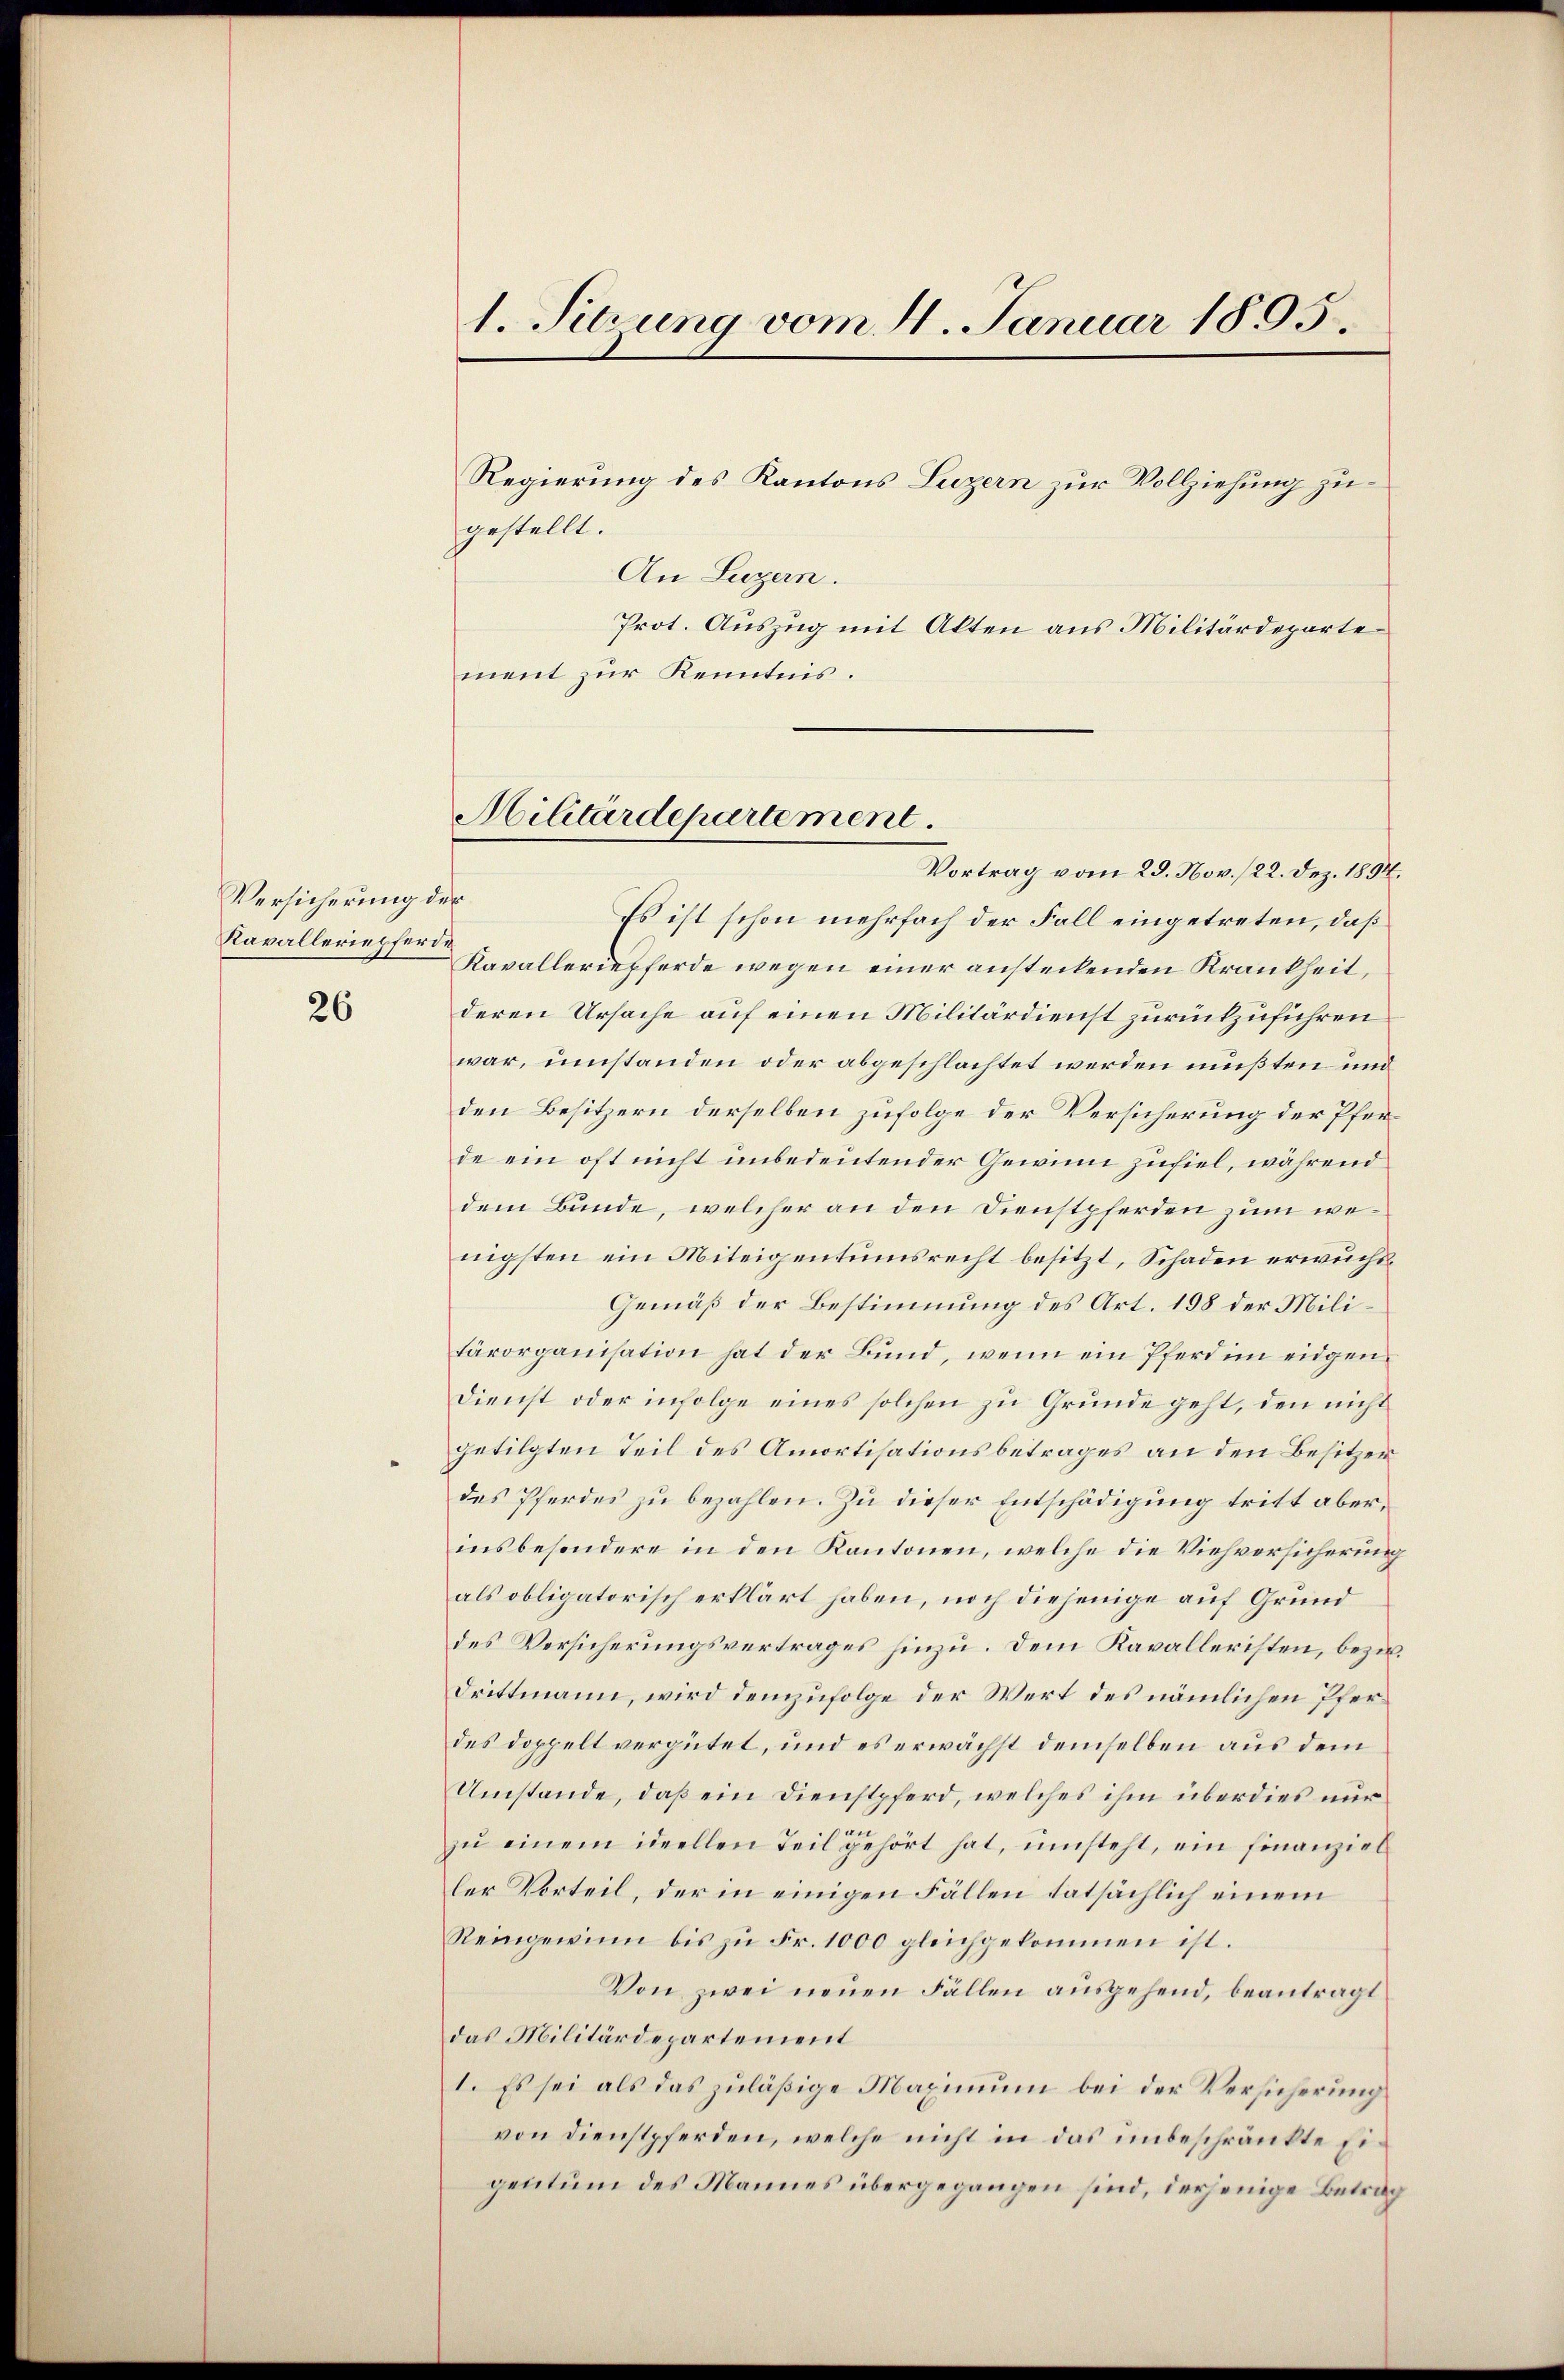
Versicherung der
Kavalleriepferde

26

1. Sitzung vom 4. Januar 1805.

Regierung des Kantons Luzern zur Vollziehung zu¬
An Luzern.
Prot. Auszug mit Alten aus Militärdepartement zur Kenntnis.

gestellt.

Militärdepartement.

Vortrag vom 29. Nov. 122. Dez. 1834.
Es ist schon mehrfach der Fall eingetreten, daß
Kavalleriepferde wegen einer ansteckenden Krankheit,
deren Ursache auf einen Militärdienst zurückzuführen
war, umstanden oder abgeschlachtet werden müßten und
den Besitzern derselben zufolge der Versicherung der Pferde ein oft nicht unbedeutender Gewinn zufiel, während
dem Bunde, welcher an den Dienstpferden zum wenigsten ein Miteigentumsrecht besitzt, Schaden erwuchs¬
Gemäß der Bestimmung des Art. 198 der Militärorganisation hat der Bund, wenn ein Pferd im eidgen
Dienst oder infolge eines solchen zu Grunde geht, den nicht
getilgten Teil des Amortisationsbetrages an den Besitzer
des Pferdes zu bezahlen. Zu dieser Entschädigung tritt aberinsbesondere in den Kantonen, welche die Viehversicherung
als obligatorisch erklärt haben, noch diejenige auf Grund
des Versicherungsvertrages hinzu. Dem Kavalleristen, bezir¬
Drittmann, wird demzufolge der Wert des nämlichen Pferdes doppelt vergütet, und es erwächst demselben aus dem
Umstände, daß ein Dienstpferd, welches ihm überdies nur
zu einem ideellen Teil gehört hat, umsteht, ein Finanziel
ler Vorteil, der in einigen Fällen tatsächlich einem
Reingewinn bis zu Fr. 1000 gleichgekommen ist.
Von zwei neuen Fällen ausgehend, beantragt
das Militärdepartement
1. Es sei als das zuläßige Maximum bei der Versicherung
von Dienstpferden, welche nicht in das unbeschränkte Eigentum des Mannes übergegangen sind, derjenige Betrag